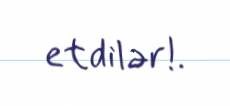
etdilər!.